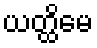
ယတ္ထိမေ